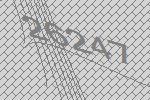
26247